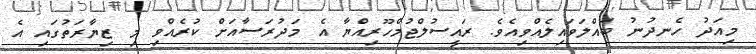
މިއަދު ހެނދުނު ބައްލަވައިލެއްވިއެވެ. ރައީސުލްޖުމްހޫރިއްޔާ އެ މަދުރަސާއަށް ކުރެއްވި މި ޒިޔާރަތުގައި އެ